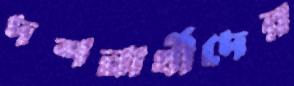
দশনার্থীদের